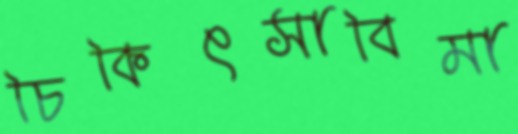
চিকিৎসাবিমা